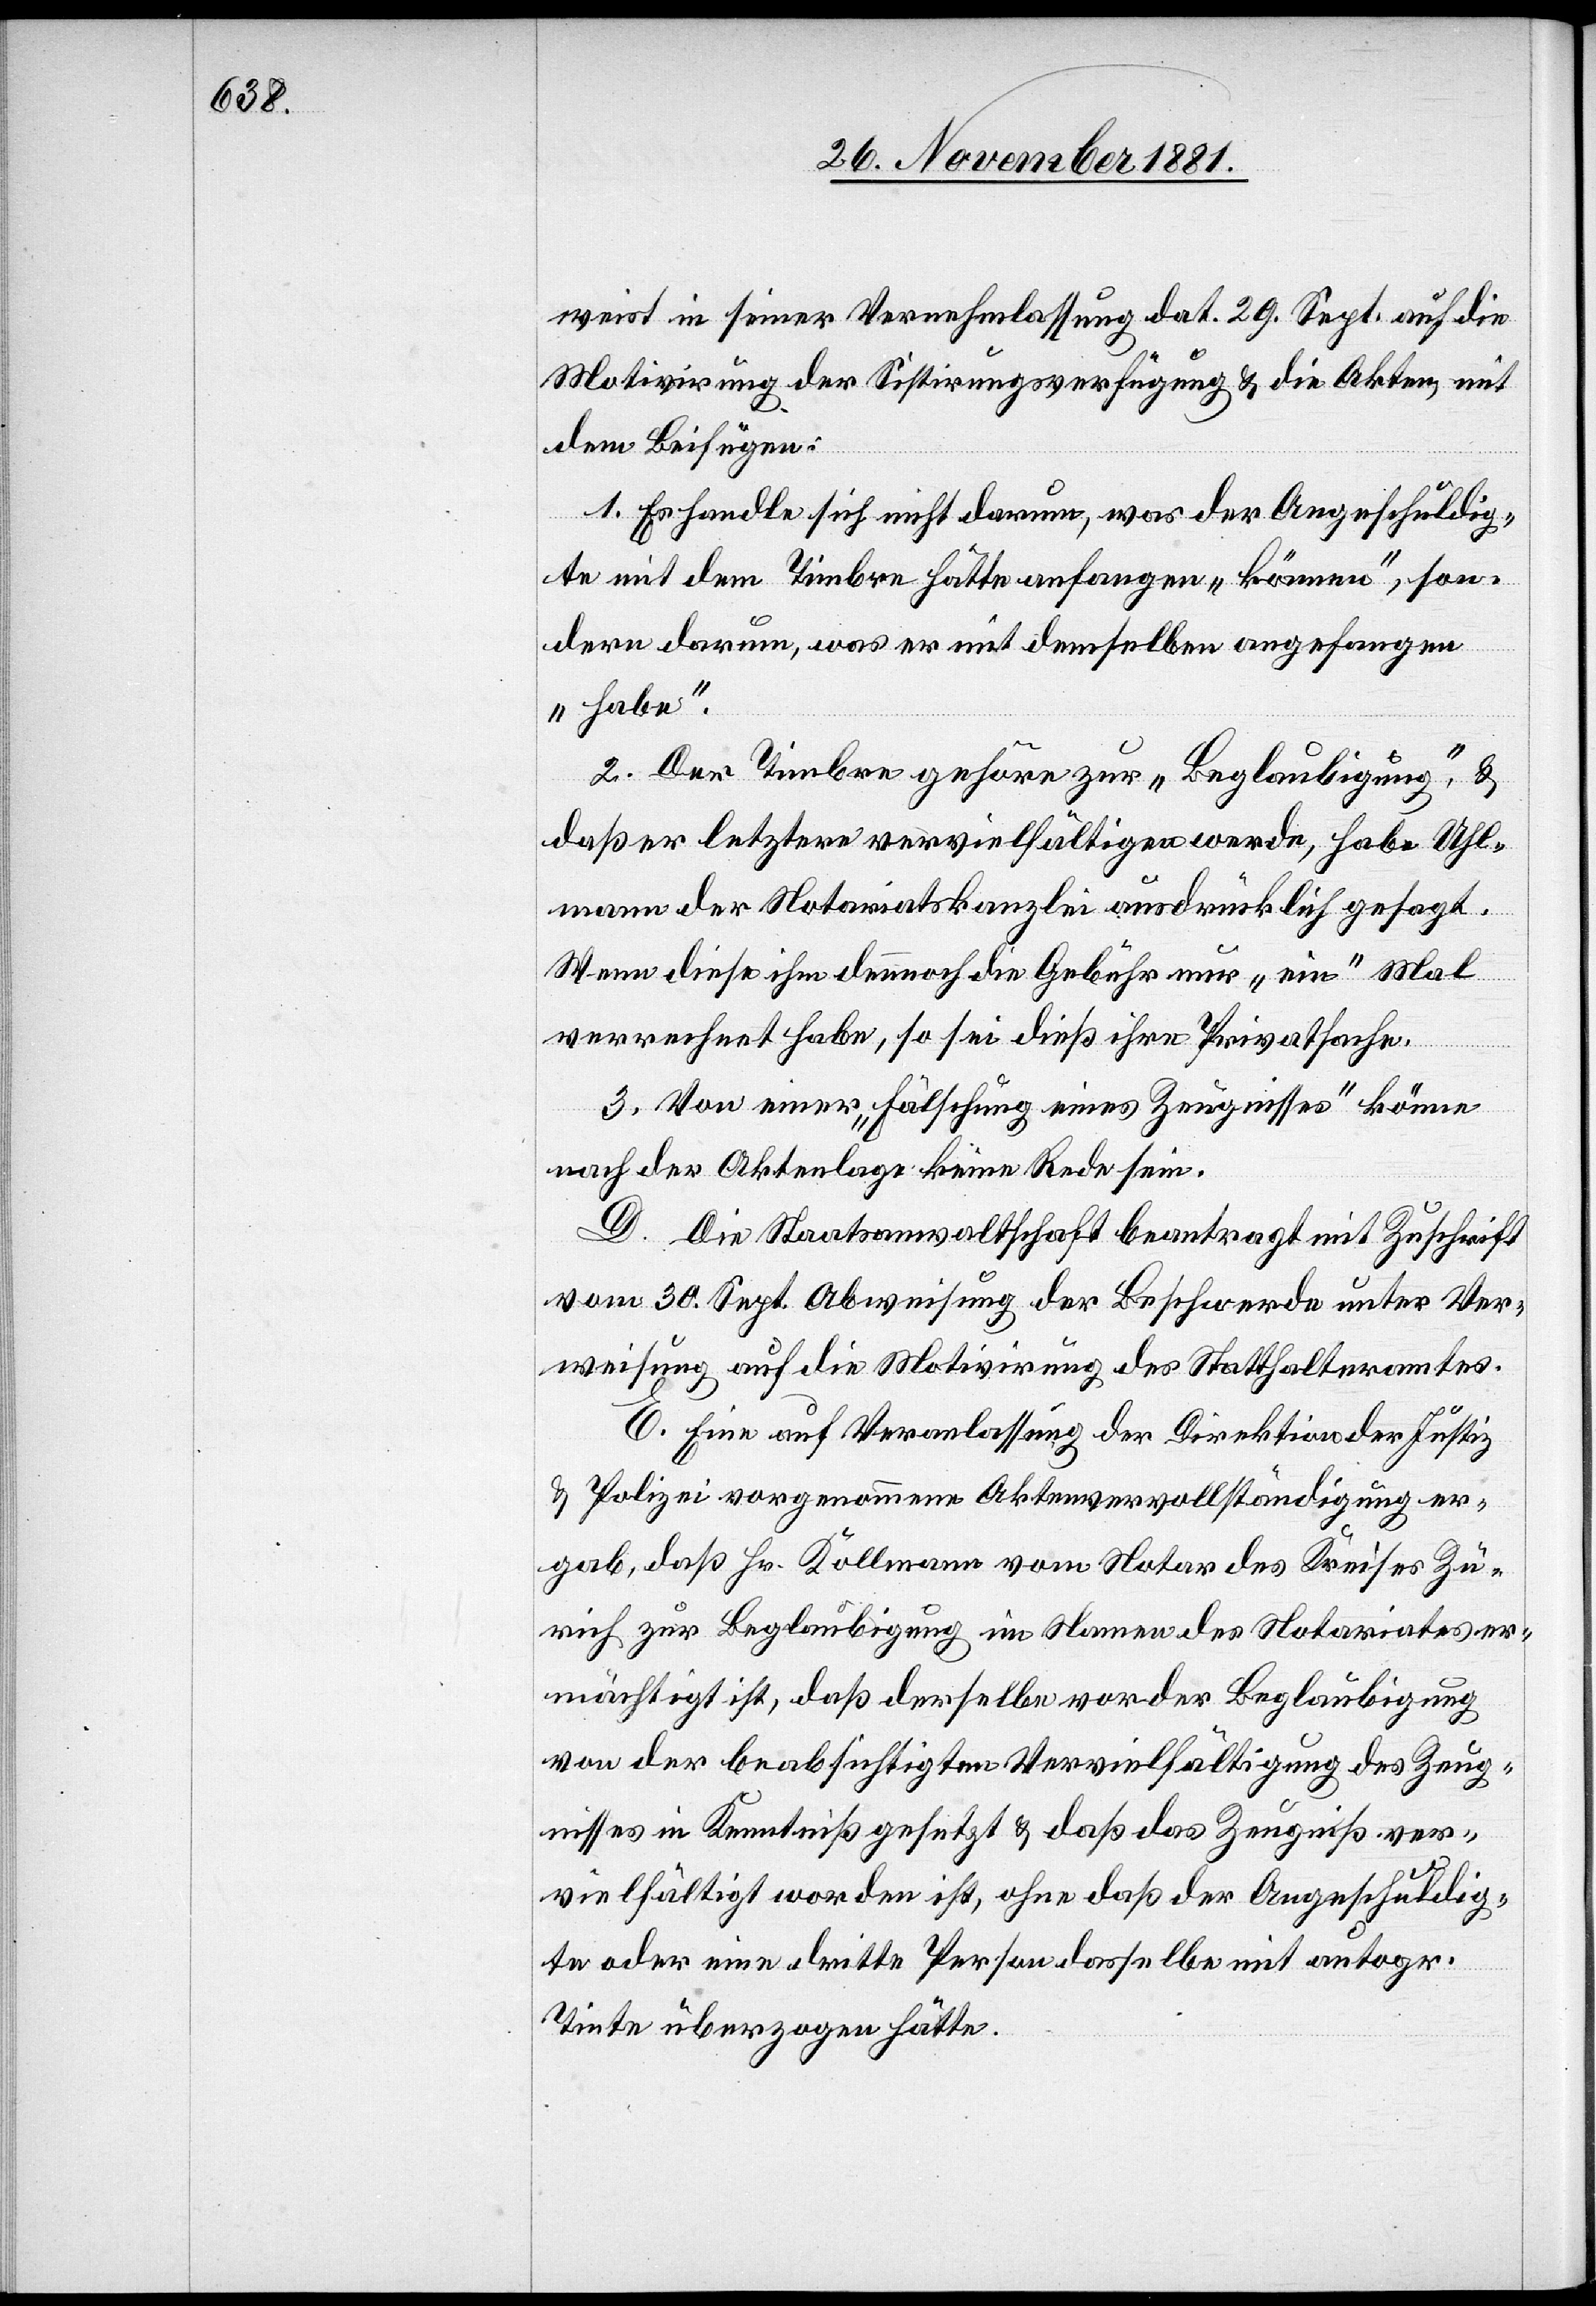
weist in seiner Vernehmlassung dat. 29. Sept. auf die
Motivirung der Sistirungsverfügung & die Akten, mit
dem Beifügen:
1. Es handle sich nicht darum, was der Angeschuldig¬
te mit dem Timbre hätte anfangen „können“, son¬
dern darum, was er mit demselben angefangen
„habe“.
2. Der Timbre gehöre zur „Beglaubigung“, &
daß er letztere vervielfältigen werde, habe Uhl¬
mann der Notariatskanzlei ausdrücklich gesagt.
Wenn diese ihm dennoch die Gebühr nur „ein“ Mal
verrechnet habe, so sei dieß ihre Privatsache.
3. Von einer „Fälschung eines Zeugnisses“ könne
nach der Aktenlage keine Rede sein.
D. Die Staatsanwaltschaft beantragt mit Zuschrift
vom 30. Sept. Abweisung der Beschwerde unter Ver¬
weisung auf die Motivirung des Statthalteramtes.
E. Eine auf Veranlassung der Direktion der Justiz
& Polizei vorgenommene Aktenvervollständigung er¬
gab, daß Hr. Kollmann vom Notar des Kreises Zü¬
rich zur Beglaubigung im Namen des Notariates er¬
mächtigt ist, daß derselbe vor der Beglaubigung
von der beabsichtigen Vervielfältigung des Zeug¬
nisses in Kenntniß gesetzt & daß das Zeugniß ver¬
vielfältigt worden ist, ohne daß der Angeschuldig¬
te oder eine dritte Person dasselbe mit autogr.
Tinte überzogen hätte.